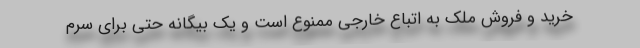
خرید و فروش ملک به اتباع خارجی ممنوع است و یک بیگانه حتی برای سرم